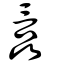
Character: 譶